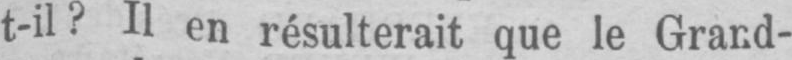
t-il? Il en résulterait que le Grand-